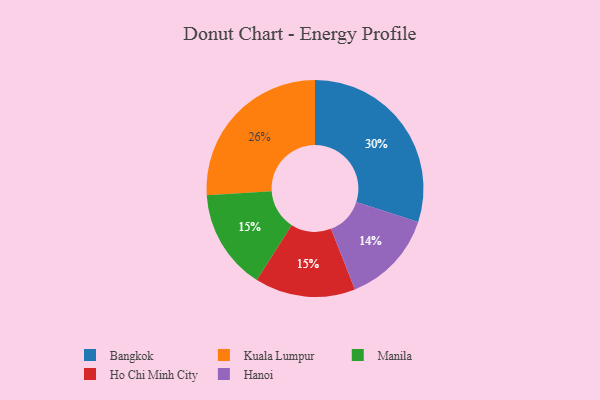
{"axis": {"x": "Category", "y": "Percentage"}, "legend": ["Bangkok", "Hanoi", "Ho Chi Minh City", "Kuala Lumpur", "Manila"], "data": [{"x": "Bangkok", "y": 30, "type": "Bangkok"}, {"x": "Hanoi", "y": 14, "type": "Hanoi"}, {"x": "Manila", "y": 15, "type": "Manila"}, {"x": "Ho Chi Minh City", "y": 15, "type": "Ho Chi Minh City"}, {"x": "Kuala Lumpur", "y": 26, "type": "Kuala Lumpur"}]}